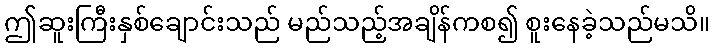
ဤဆူးကြီးနှစ်ချောင်းသည် မည်သည့်အချိန်ကစ၍ စူးနေခဲ့သည်မသိ။